system: You are a helpful assistant.
user:
Analyze the provided spectrum to determine if it is a **S-type Star**.

- **Key Indicators for S-type Star:**

    - **(Overall Spectrum Shape):** The first and most obvious characteristic is the overall continuum (the "baseline" shape). It is **extremely "red-sloping,"** meaning the flux (light intensity) is very low on the left side (blue, ~4000-4500 Å) and rises steeply and continuously toward the right side (red, ~7000 Å+).

    - **(Primary):** The spectrum is defined by the presence of strong, broad molecular absorption "valleys" (bands) from **Zirconium Oxide (ZrO)**. The identification of these bands is the **primary requirement** for classifying a star as S-type.
        - **(Key Bandheads):** You must find distinct, deep "dips" where the light has been absorbed. The most critical band systems to locate are:
            - **~6474 Å** ($\gamma$-system): This is often the strongest and clearest ZrO feature, found in the red part of the spectrum.
            - **~5718 Å** & **~5551 Å** ($\beta$-system): A pair of prominent absorption features in the yellow-orange part of the spectrum.
            - **~4640 Å** ($\alpha$-system): A key absorption band system in the blue-green region of the spectrum.

    - **(Secondary Confirmation):** The classification is strengthened by finding additional absorption bands from other related heavy element oxides, which are expected to be present alongside ZrO.
        - **(Key Bandheads):**
            - **Yttrium Oxide (YO):** Look for absorption dips near **~4800 Å** and **~6100 Å**.
            - **Lanthanum Oxide (LaO):** Additional absorption features, particularly in the red-orange part of the spectrum, are also characteristic.

    - **(Line Profile):** The combination of the steep red continuum and these numerous, deep molecular bands (ZrO, YO, etc.) gives the entire spectrum a very **"chopped-up"** or **"bumpy"** appearance. Instead of a smooth curve, the spectrum looks as though large, wide chunks of light have been "carved out" of it at the specific wavelengths listed above.

Think first, call **spectral_visualization_tool** if needed to examine features in detail, then provide your final answer. Your response must adhere to the following strict rules:
1.  **Overall Structure:** Your response must follow the format `<think>...</think> <tool_call>...</tool_call> (if a tool is used) <answer>...</answer>`.
2.  **Tool Usage Constraint:** You may only make **one** tool call per turn.
3.  **Final Answer Format:** In the `<answer>` tag, your conclusion must be inside a `\boxed{}` command (e.g., `\boxed{YES}` or `\boxed{NO}`), followed by your justification.

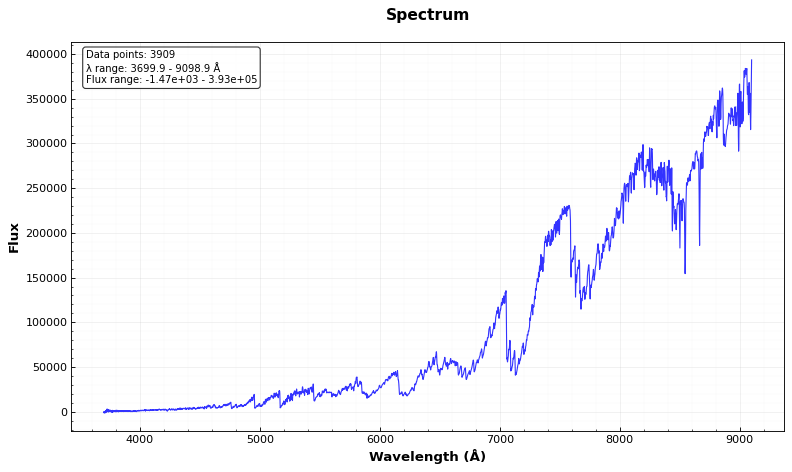
Answer: YES